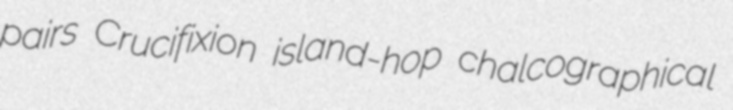
pairs Crucifixion island-hop chalcographical